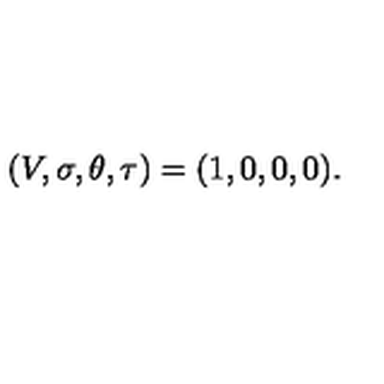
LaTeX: ( V , \sigma , \theta , \tau ) = ( 1 , 0 , 0 , 0 ) .